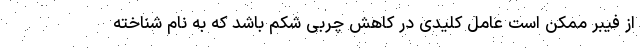
از فیبر ممکن است عامل کلیدی در کاهش چربی شکم باشد که به نام شناخته